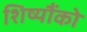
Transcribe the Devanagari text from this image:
शिष्यौंको